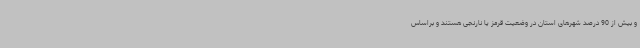
و بیش از 90 درصد شهرهای استان در وضعیت قرمز یا نارنجی هستند و براساس